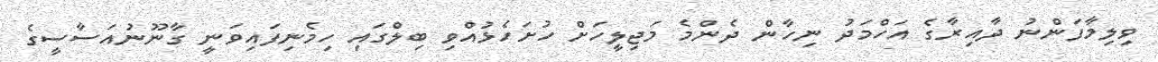
ވިލިމާފަންނު ދާއިރާގެ އަހްމަދު ނިހާން ދެންމެ މަޖިލީހަށް ހުށަހެޅުއްވި ބިލްގައި ހިމެނިފައިވަނީ ގާނޫނުއަސާސީގެ